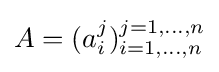
A=(a_{i}^{j})_{i=1,\dots ,n}^{j=1,\dots ,n}